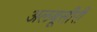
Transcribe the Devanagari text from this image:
अलबूसीरी